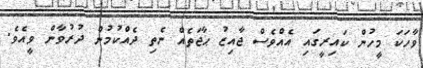
ވާހަކަ މީހުން ކައިރީގައި އެއްވެސް ޖާއިޒު ޙާޖަތެއް ނެތި ދެއްކުމުން ދުރުވާން ވީއެވެ.